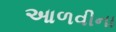
આળવીના